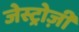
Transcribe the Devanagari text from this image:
जेस्ट्रोज़ी